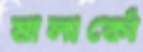
মালার্কো